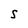
Character: S